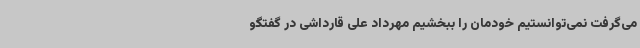
می‌گرفت نمی‌توانستیم خودمان را ببخشیم مهرداد علی قارداشی در گفتگو